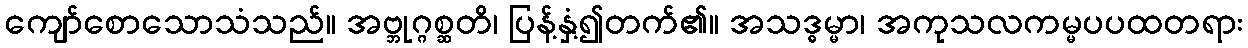
ကျော်စောသောသံသည်။ အဗ္ဘုဂ္ဂစ္ဆတိ၊ ပြန့်နှံ့၍တက်၏။ အသဒ္ဓမ္မာ၊ အကုသလကမ္မပပထတရား